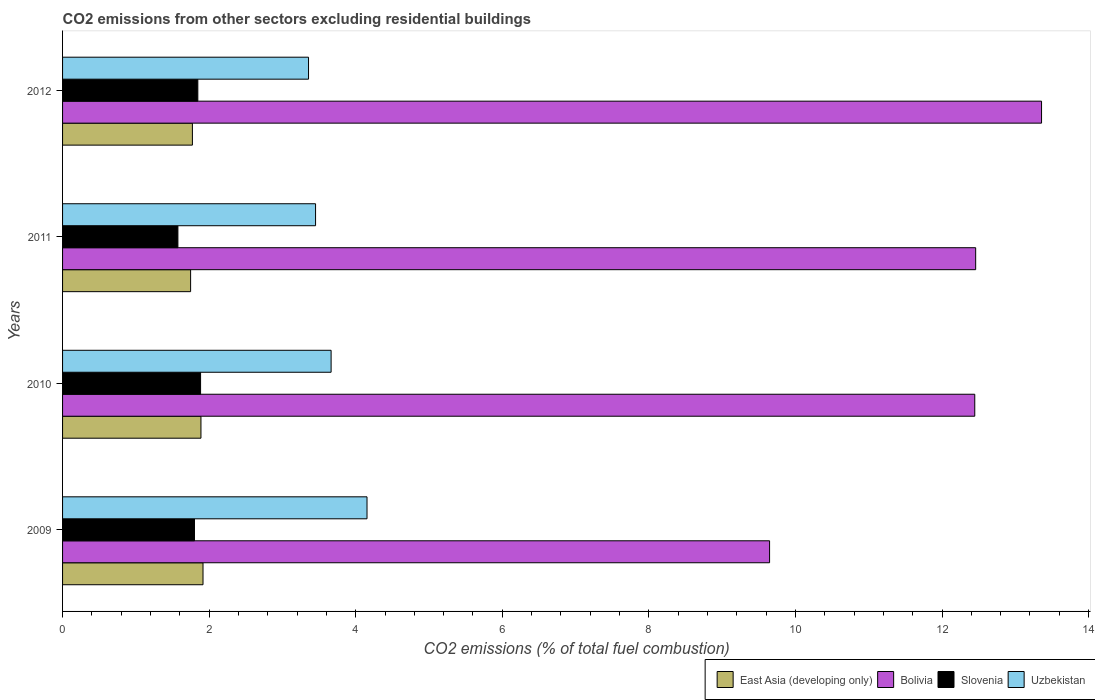
| Years | East Asia (developing only) | Bolivia | Slovenia | Uzbekistan |
 | --- | --- | --- | --- | --- |
 | 2009 | 1.92 | 9.65 | 1.8 | 4.15 |
 | 2010 | 1.89 | 12.4 | 1.88 | 3.66 |
 | 2011 | 1.75 | 12.5 | 1.57 | 3.45 |
 | 2012 | 1.77 | 13.4 | 1.85 | 3.36 |